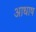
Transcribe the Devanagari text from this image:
आधाष